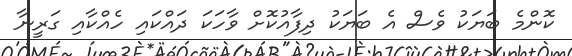
ކޮންމެ ބަޔަކު ވެސް އެ ބަޔަކު ދިފާއުކޮށް ވާހަކަ ދައްކައި ހެއްކާއި ގަރީނާ